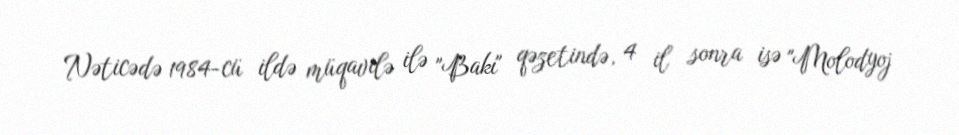
Nəticədə 1984-cü ildə müqavilə ilə "Bakı" qəzetində, 4 il sonra isə "Molodyoj